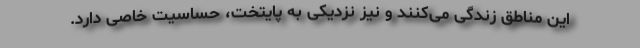
این مناطق زندگی می‌کنند و نیز نزدیکی به پایتخت، حساسیت خاصی دارد.